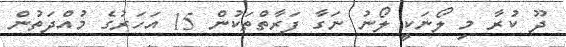
ދޫ ކުރާ މި ލޯނަކީ ލޯނު ނަގާ ފަރާތްތަކުން 15 އަހަރުގެ މުއްދަތުން